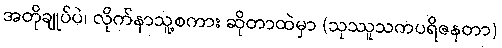
အတိုချုပ်ပဲ၊ လိုက်နာသူ့စကား ဆိုတာထဲမှာ (သုဿူသကပရိဇနတာ)